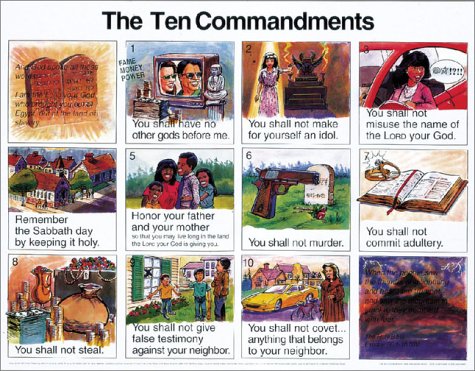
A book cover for Ten Commandments New International Version: Wall Chart Large 20x26 Inches Large Print Laminated; Christian Books & Bibles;